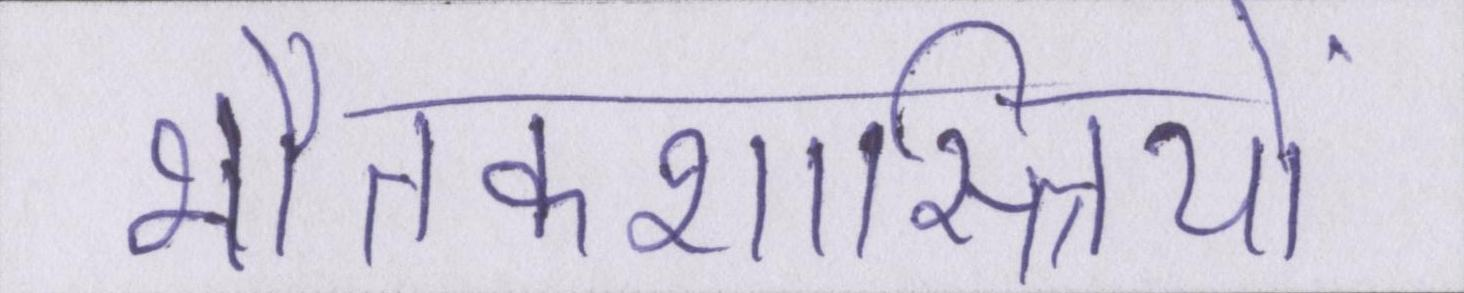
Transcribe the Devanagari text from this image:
भौतकशास्त्रियों